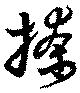
撩